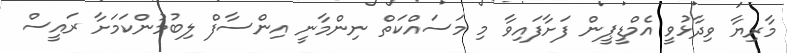
މާރިޔާ ވިދާޅުވީ އެމްޑީޕީން ފަށާފައިވާ މި މަސައްކަތް ނިންމާނީ އިންސާފް ލިބުމުންކަމަށާ ރައީސް